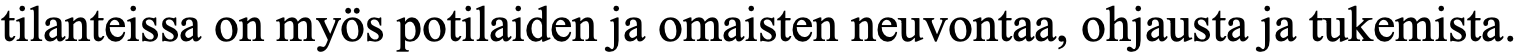
tilanteissa on myös potilaiden ja omaisten neuvontaa, ohjausta ja tukemista.